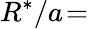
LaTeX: R^{*}/a\! =